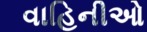
વાહિનીઓ